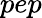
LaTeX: pep